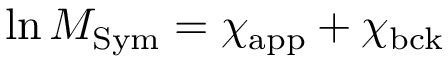
\ln M _ { \mathrm { S y m } } = \chi _ { \mathrm { a p p } } + \chi _ { \mathrm { b c k } }